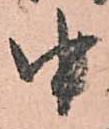
中